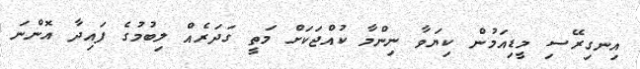
އިނގިރޭސި މީޑިއަމުން ކިޔަވާ ނިންމާ ކުއްޖަކަށް މަތީ ގަދަރެއް ލިބުމުގެ ފައިދާ އޮންނަ